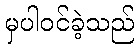
မှပါဝင်ခဲ့သည်